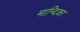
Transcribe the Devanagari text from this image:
मान्दिका